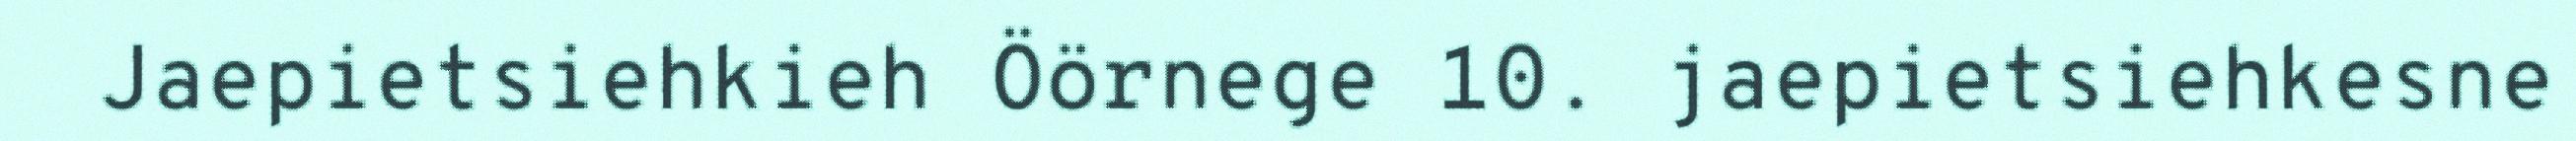
Jaepietsiehkieh Öörnege 10. jaepietsiehkesne